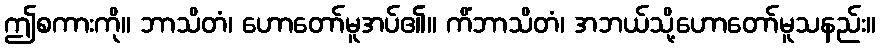
ဤစကားကို။ ဘာသိတံ၊ ဟောတော်မူအပ်၏။ ကိံဘာသိတံ၊ အဘယ်သို့ဟောတော်မူသနည်း။